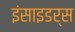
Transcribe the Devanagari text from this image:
इंसाइडर्स